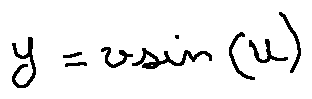
y = v \sin ( u )